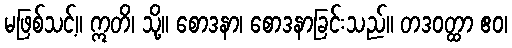
မဖြစ်သင့်။ ဣတိ၊ သို့။ စောဒနာ၊ စောဒနာခြင်းသည်။ တဒဝတ္ထာ ဧဝ၊